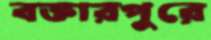
বক্তারপুরে